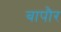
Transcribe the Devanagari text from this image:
बापौर